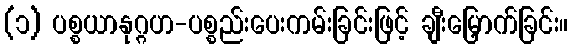
(၁) ပစ္စယာနုဂ္ဂဟ-ပစ္စည်းပေးကမ်းခြင်းဖြင့် ချီးမြှောက်ခြင်း။